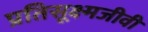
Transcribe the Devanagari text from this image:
प्रतिसूक्ष्मजीवी